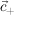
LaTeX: { \vec { c } } _ { + }